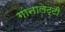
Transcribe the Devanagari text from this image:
गानालेट्टी